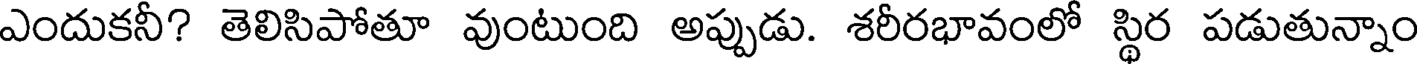
ఎందుకనీ? తెలిసిపోతూ వుంటుంది అప్పుడు. శరీరభావంలో స్థిర పడుతున్నాం